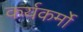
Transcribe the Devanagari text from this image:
कर्यकर्मो